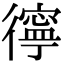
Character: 㣷